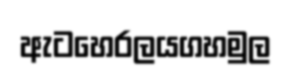
ඇටහෙරලයගහමුල